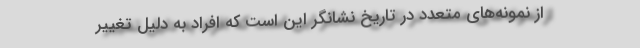
از نمونه‌های متعدد در تاریخ نشانگر این است که افراد به دلیل تغییر